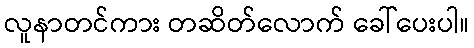
လူနာတင်ကား တဆိတ်လောက် ခေါ်ပေးပါ။